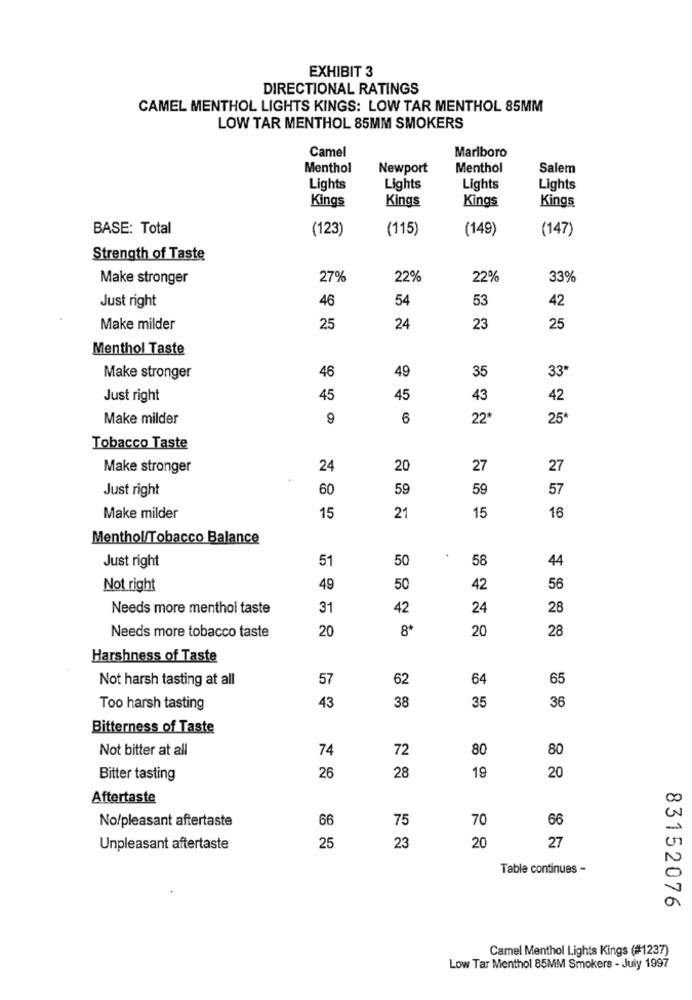
EXHIBIT 3
DIRECTIONAL RATINGS
CAMEL MENTHOL LIGHTS KINGS: LOW TAR MENTHOL 85MM
LOW TAR MENTHOL 85MM SMOKERS
Camel
Marlboro
Menthol
Newport
Menthol
Salem
Lights
Lights
Lights
Lights
Kings
Kings
Kings
Kings
BASE: Total
(123)
(115)
(149)
(147)
Strength of Taste
Make stronger
27%
22%
22%
33%
Just right
46
54
53
42
Make milder
25
24
23
25
Menthol Taste
46
49
35
33*
Make stronger
Just right
45
45
43
42
Make milder
9
6
22*
25
Tobacco Taste
Make stronger
24
20
27
27
Just right
60
59
59
57
Make milder
15
21
15
16
Menthol/Tobacco Balance
.
Just right
51
50
58
44
Not right
49
50
42
56
Needs more menthol taste
31
42
24
28
Needs more tobacco taste
20
8ª
20
28
Harshness of Taste
Not harsh tasting at all
57
62
64
65
38
35
36
Too harsh tasting
43
Bitterness of Taste
Not bitter at all
74
72
80
80
26
28
19
Bitter tasting
20
Aftertaste
No/pleasant aftertaste
66
75
70
66
25
Unpleasant aftertaste
23
20
27
Table continues -
83152076
Camel Menthol Lights Kings (#1237)
Low Tar Menthol 85MM Smokers - July 1997